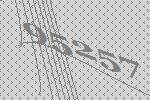
95257